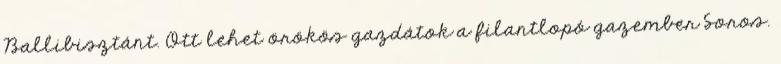
Ballibisztánt. Ott lehet örökös gazdátok a filantlopó gazember Soros.